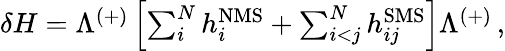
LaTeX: \begin{array}{r}{\delta H=\Lambda^{(+)}\left[\sum_{i}^{N}h_{i}^{\mathrm{NMS}}+\sum_{i<j}^{N}h_{ij}^{\mathrm{SMS}}\right]\Lambda^{(+)}\, ,}\end{array}